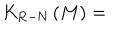
K _ { \mathrm { R - N } } \left( M \right) =